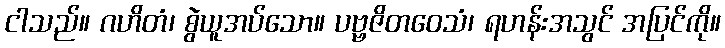
ငါသည်။ ဂဟိတံ၊ စွဲယူအပ်သော။ ပဗ္ဗဇိတဝေသံ၊ ရဟန်းအသွင် အပြင်ကို။